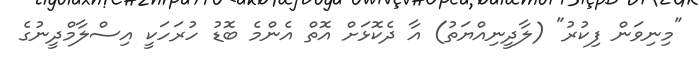
"މިނިވަން ފިކުރު" (ލާދީނިއްޔަތު) އާ ދެކޮޅަށް އޮތް އެންމެ ބޮޑު ހުރަހަކީ އިސްލާމްދީނުގެ